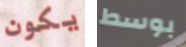
يكون بوسط